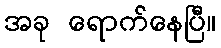
အခု ရောက်နေပြီ။